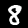
Digit: 8